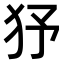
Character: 𤝉